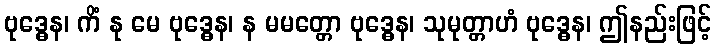
ဗုဒ္ဓေန၊ ကိံ နု မေ ဗုဒ္ဓေန၊ န မမတ္တော ဗုဒ္ဓေန၊ သုမုတ္တာဟံ ဗုဒ္ဓေန၊ ဤနည်းဖြင့်